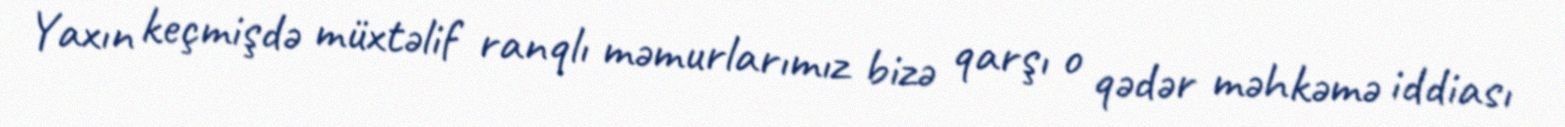
Yaxın keçmişdə müxtəlif ranqlı məmurlarımız bizə qarşı o qədər məhkəmə iddiası